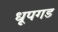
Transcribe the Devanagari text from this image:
धूपगड